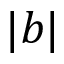
| b |